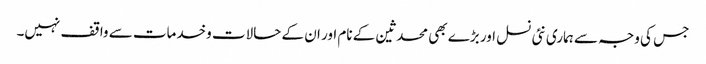
جس کی وجہ سے ہماری نئی نسل اور بڑے بھی محدثین کے نام اور ان کے حالات وخدمات سے واقف نہیں۔